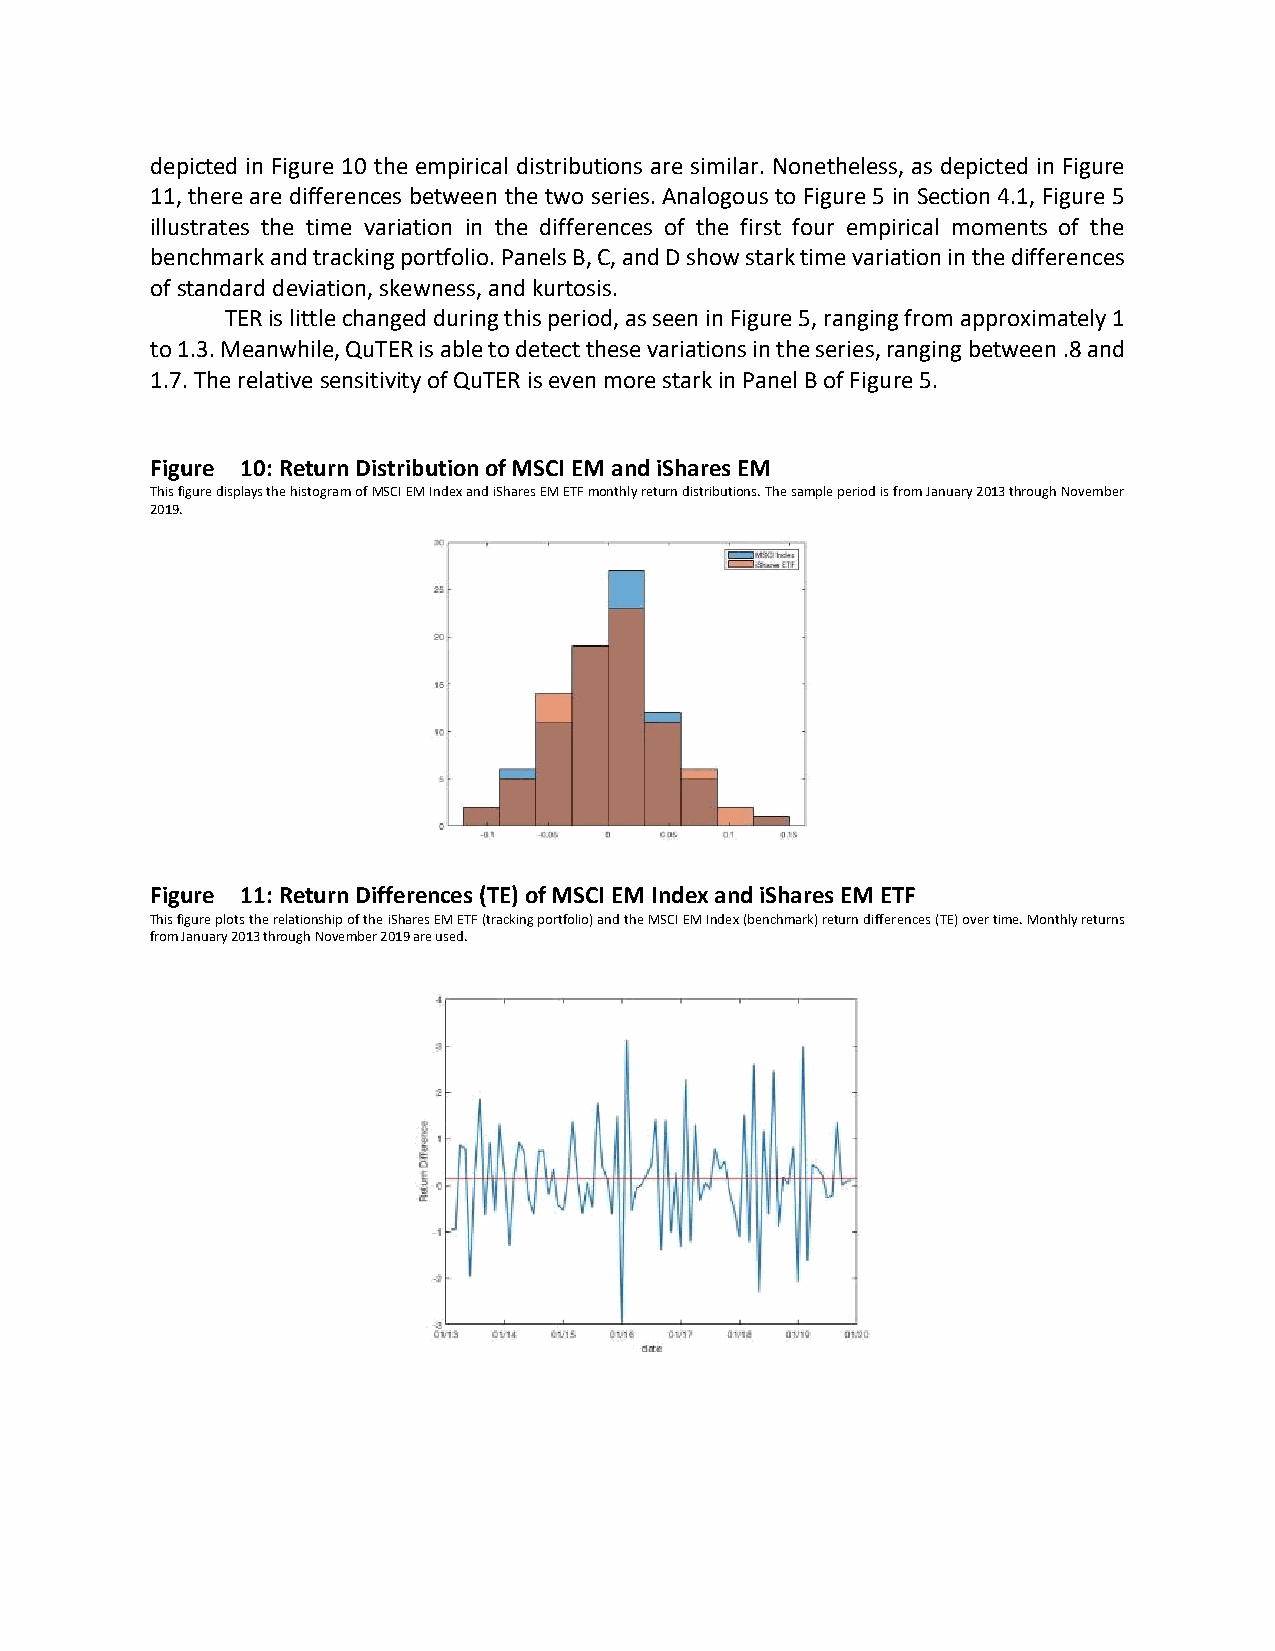
depicted in Figure 10 the empirical distributions are similar. Nonetheless, as depicted in Figure
 11, there are differences between the two series. Analogous to Figure 5 in Section 4.1, Figure 5
 illustrates the time variation in the differences of the first four empirical moments of the
 benchmark and tracking portfolio. Panels B, C, and D show stark time variation in the differences
 of standard deviation, skewness, and kurtosis.
 TER is little changed during this period, as seen in Figure 5, ranging from approximately 1
 to 1.3. Meanwhile, QuTER is able to detect these variations in the series, ranging between .8 and
 1.7. The relative sensitivity of QuTER is even more stark in Panel B of Figure 5.
 Figure 10: Return Distribution of MSCI EM and iShares EM
 This figure displays the histogram of MSCI EM Index and iShares EM ETF monthly return distributions. The sample period is from January 2013 through November
 2019.
 Figure 11: Return Differences (TE) of MSCI EM Index and iShares EM ETF
 This figure plots the relationship of the iShares EM ETF (tracking portfolio) and the MSCI EM Index (benchmark) return differences (TE) over time. Monthly returns
 from January 2013 through November 2019 are used.